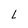
Character: L